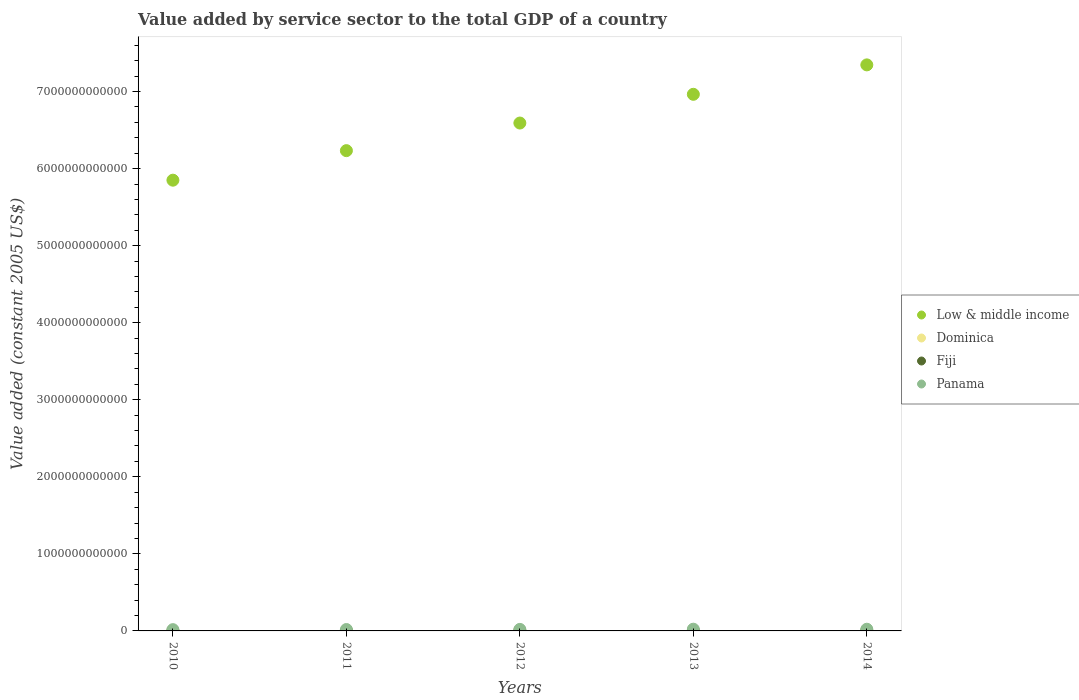
| Years | Low & middle income | Dominica | Fiji | Panama |
 | --- | --- | --- | --- | --- |
 | 2010 | 5.85e+12 | 2.59e+08 | 1.95e+09 | 1.65e+10 |
 | 2011 | 6.23e+12 | 2.6e+08 | 2.33e+09 | 1.82e+10 |
 | 2012 | 6.59e+12 | 2.55e+08 | 2.4e+09 | 1.98e+10 |
 | 2013 | 6.96e+12 | 2.6e+08 | 2.51e+09 | 2.24e+10 |
 | 2014 | 7.35e+12 | 2.7e+08 | 2.68e+09 | 2.19e+10 |